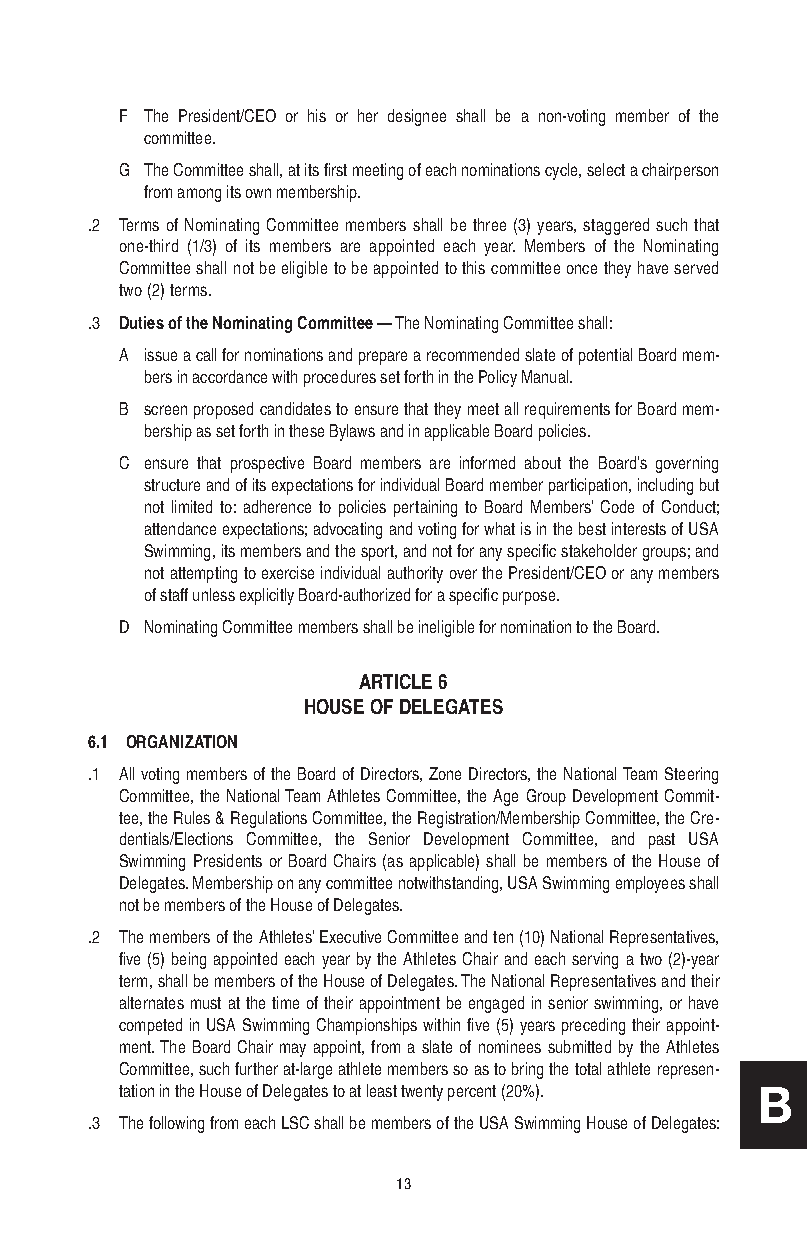
F The President/CEO or his or her designee shall be a non-voting member of the
 committee.
 G The Committee shall, at its first meeting of each nominations cycle, select a chairperson
 from among its own membership.
 .2 Terms of Nominating Committee members shall be three (3) years, staggered such that
 one-third (1/3) of its members are appointed each year. Members of the Nominating
 Committee shall not be eligible to be appointed to this committee once they have served
 two (2) terms.
 .3 Duties of the Nominating Committee — The Nominating Committee shall:
 A issue a call for nominations and prepare a recommended slate of potential Board mem-
 bers in accordance with procedures set forth in the Policy Manual.
 B screen proposed candidates to ensure that they meet all requirements for Board mem-
 bership as set forth in these Bylaws and in applicable Board policies.
 C ensure that prospective Board members are informed about the Board’s governing
 structure and of its expectations for individual Board member participation, including but
 not limited to: adherence to policies pertaining to Board Members’ Code of Conduct;
 attendance expectations; advocating and voting for what is in the best interests of USA
 Swimming, its members and the sport, and not for any specific stakeholder groups; and
 not attempting to exercise individual authority over the President/CEO or any members
 of staff unless explicitly Board-authorized for a specific purpose.
 D Nominating Committee members shall be ineligible for nomination to the Board.
 ARTICLE 6
 HOUSE OF DELEGATES
 6.1 ORGANIZATION
 .1 All voting members of the Board of Directors, Zone Directors, the National Team Steering
 Committee, the National Team Athletes Committee, the Age Group Development Commit-
 tee, the Rules & Regulations Committee, the Registration/Membership Committee, the Cre-
 dentials/Elections Committee, the Senior Development Committee, and past USA
 Swimming Presidents or Board Chairs (as applicable) shall be members of the House of
 Delegates. Membership on any committee notwithstanding, USA Swimming employees shall
 not be members of the House of Delegates.
 .2 The members of the Athletes’ Executive Committee and ten (10) National Representatives,
 five (5) being appointed each year by the Athletes Chair and each serving a two (2)-year
 term, shall be members of the House of Delegates. The National Representatives and their
 alternates must at the time of their appointment be engaged in senior swimming, or have
 competed in USA Swimming Championships within five (5) years preceding their appoint-
 ment. The Board Chair may appoint, from a slate of nominees submitted by the Athletes
 Committee, such further at-large athlete members so as to bring the total athlete represen-
 tation in the House of Delegates to at least twenty percent (20%). B
 .3 The following from each LSC shall be members of the USA Swimming House of Delegates:
 13